King Institute of Preventive Medicine Micro-Biological Section reports 1912-19
Year: 1912
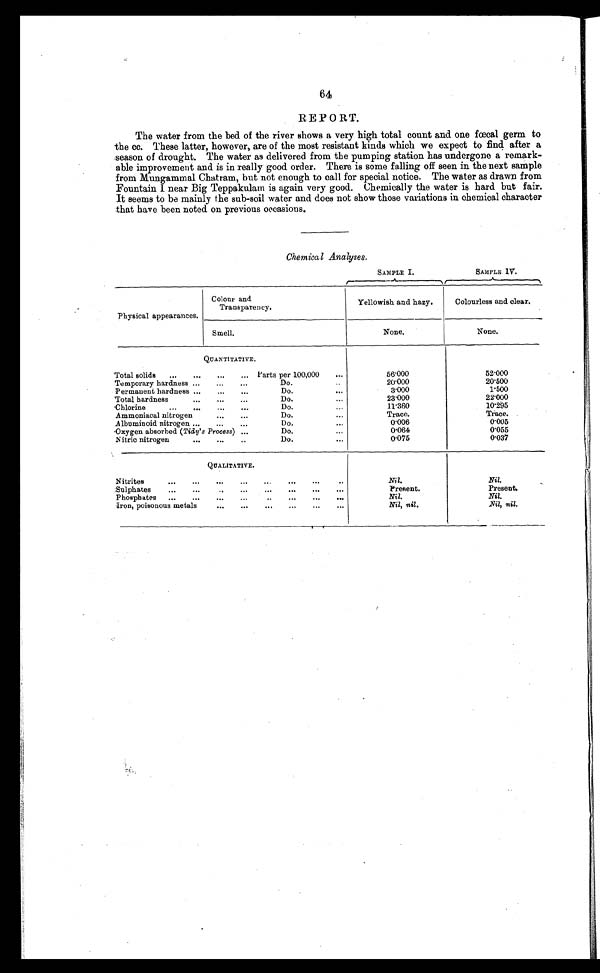
64
REPORT.
The water from the bed of the river shows a very high total count and one fœcal germ to
the cc. These latter, however, are of the most resistant kinds which we expect to find after a
season of drought. The water as delivered from the pumping station has undergone a remark-
able improvement and is in really good order. There is some falling off seen in the next sample
from Mungammal Chatram, but not enough to call for special notice. The water as drawn from
Fountain I near Big Teppakulam is again very good. Chemically the water is hard but fair.
It seems to be mainly the sub-soil water and does not show those variations in chemical character
that have been noted on previous occasions.
Chemical Analyses.
SAMPLE I.
SAMPLE IV.
Physical appearances.
C olour and
Transparency.
Yellowish and hazy.
Colourless and clear .
Smell.
None.
None.
QUANTITATIVE.
Total solids
...
...
...
... Parts per 100,000
...
56.000
52.000
Temporary hardness ...
...
...
Do...
2 0 . 0 0 0
20.500
Permanent hardness ...
...
...
Do.
•••
3.000
1.500
Total hardness
...
...
...
Do.
...
23.000
22.000
Chloride
...
...
...
...
Do.
...
11.360
1 0 . 2 9 5
Ammoniacal nitrogen
...
...
Do.
...
Trace.
Trace.
A lbuminoid nitrogen ...
...
...
Do.
...
0.006
0.005
Oxygen absorbed (Tide's Process) ...
Do.
0 . 0 6 4
0.055
Nitric nitrogen
...
...
..
Do.
...
0.075
0.037
QUALITATIVE.
Nitrites
...
...
...
...
...
...
...
..
Nil.
Nil.
Sulphates
...
...
..
...
...
...
...
...
Present.
Present.
Phosphates
...
...
...
...
Nil.
Nil.
Iron, poisonous metals
...
...
...
...
...
...
Nil, nil.
Nil, nil.